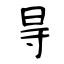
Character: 㝵